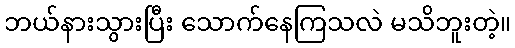
ဘယ်နားသွားပြီး သောက်နေကြသလဲ မသိဘူးတဲ့။